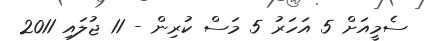
ސެމީއަށް 5 އަހަރު 5 މަސް ކުރިން - 11 ޖުލައި 2011